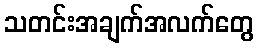
သတင်းအချက်အလက်တွေ